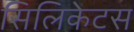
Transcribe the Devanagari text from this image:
सिलिकेटस